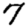
Digit: 7